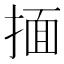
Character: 𰔆